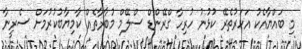
މި ބައްޔާއެކު އަހަރުތެރޭ ކުޅުނު ހުރިހާ ގްރޭންޑް ސްލޭމް މުބާރާތެއް ކާމިޔާބުކުރުމަށް ސެރީނާ